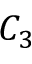
C _ { 3 }